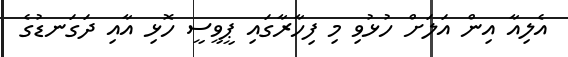
އެލިއާ އިން އަލަށް ހުޅުވި މި ފިހާރާގައި ޕީވީސީ ހޮޅި އާއި ދަގަނޑުގެ